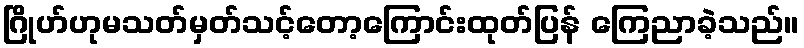
ဂြိုဟ်ဟုမသတ်မှတ်သင့်တော့ကြောင်းထုတ်ပြန် ကြေညာခဲ့သည်။